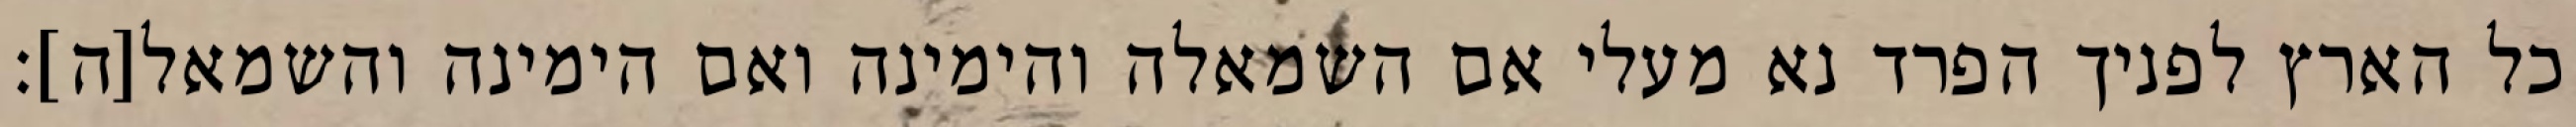
כל הארץ לפניך הפרד נא מעלי אם השמאלה והימינה ואם הימינה והשמאל[ה]׃